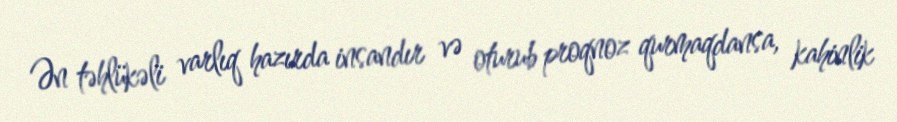
Ən təhlükəli varlıq hazırda insandır və oturub proqnoz qurmaqdansa, kahinlik